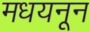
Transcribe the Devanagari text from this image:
मधयनून